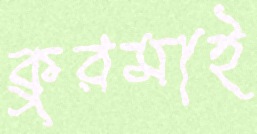
কুরমাই